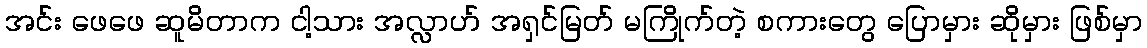
အင်း ဖေဖေ ဆူမိတာက ငါ့သား အလ္လာဟ် အရှင်မြတ် မကြိုက်တဲ့ စကားတွေ ပြောမှား ဆိုမှား ဖြစ်မှာ